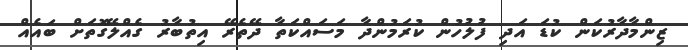
ޒިންމާދާރުކަން ކުޑަ އަދި ފުލުހުން ކުރަމުންދާ މަސައްކަތާ ދޭތެރޭ އިތުބާރު ގެއްލޭގޮތަށް ބައެއް